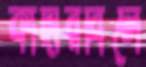
কাদারবিলে